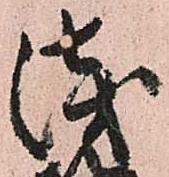
浅